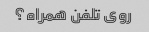
روی تلفن همراه؟